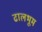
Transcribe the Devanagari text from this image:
ढालभूम